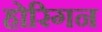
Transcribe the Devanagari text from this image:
होरिगन